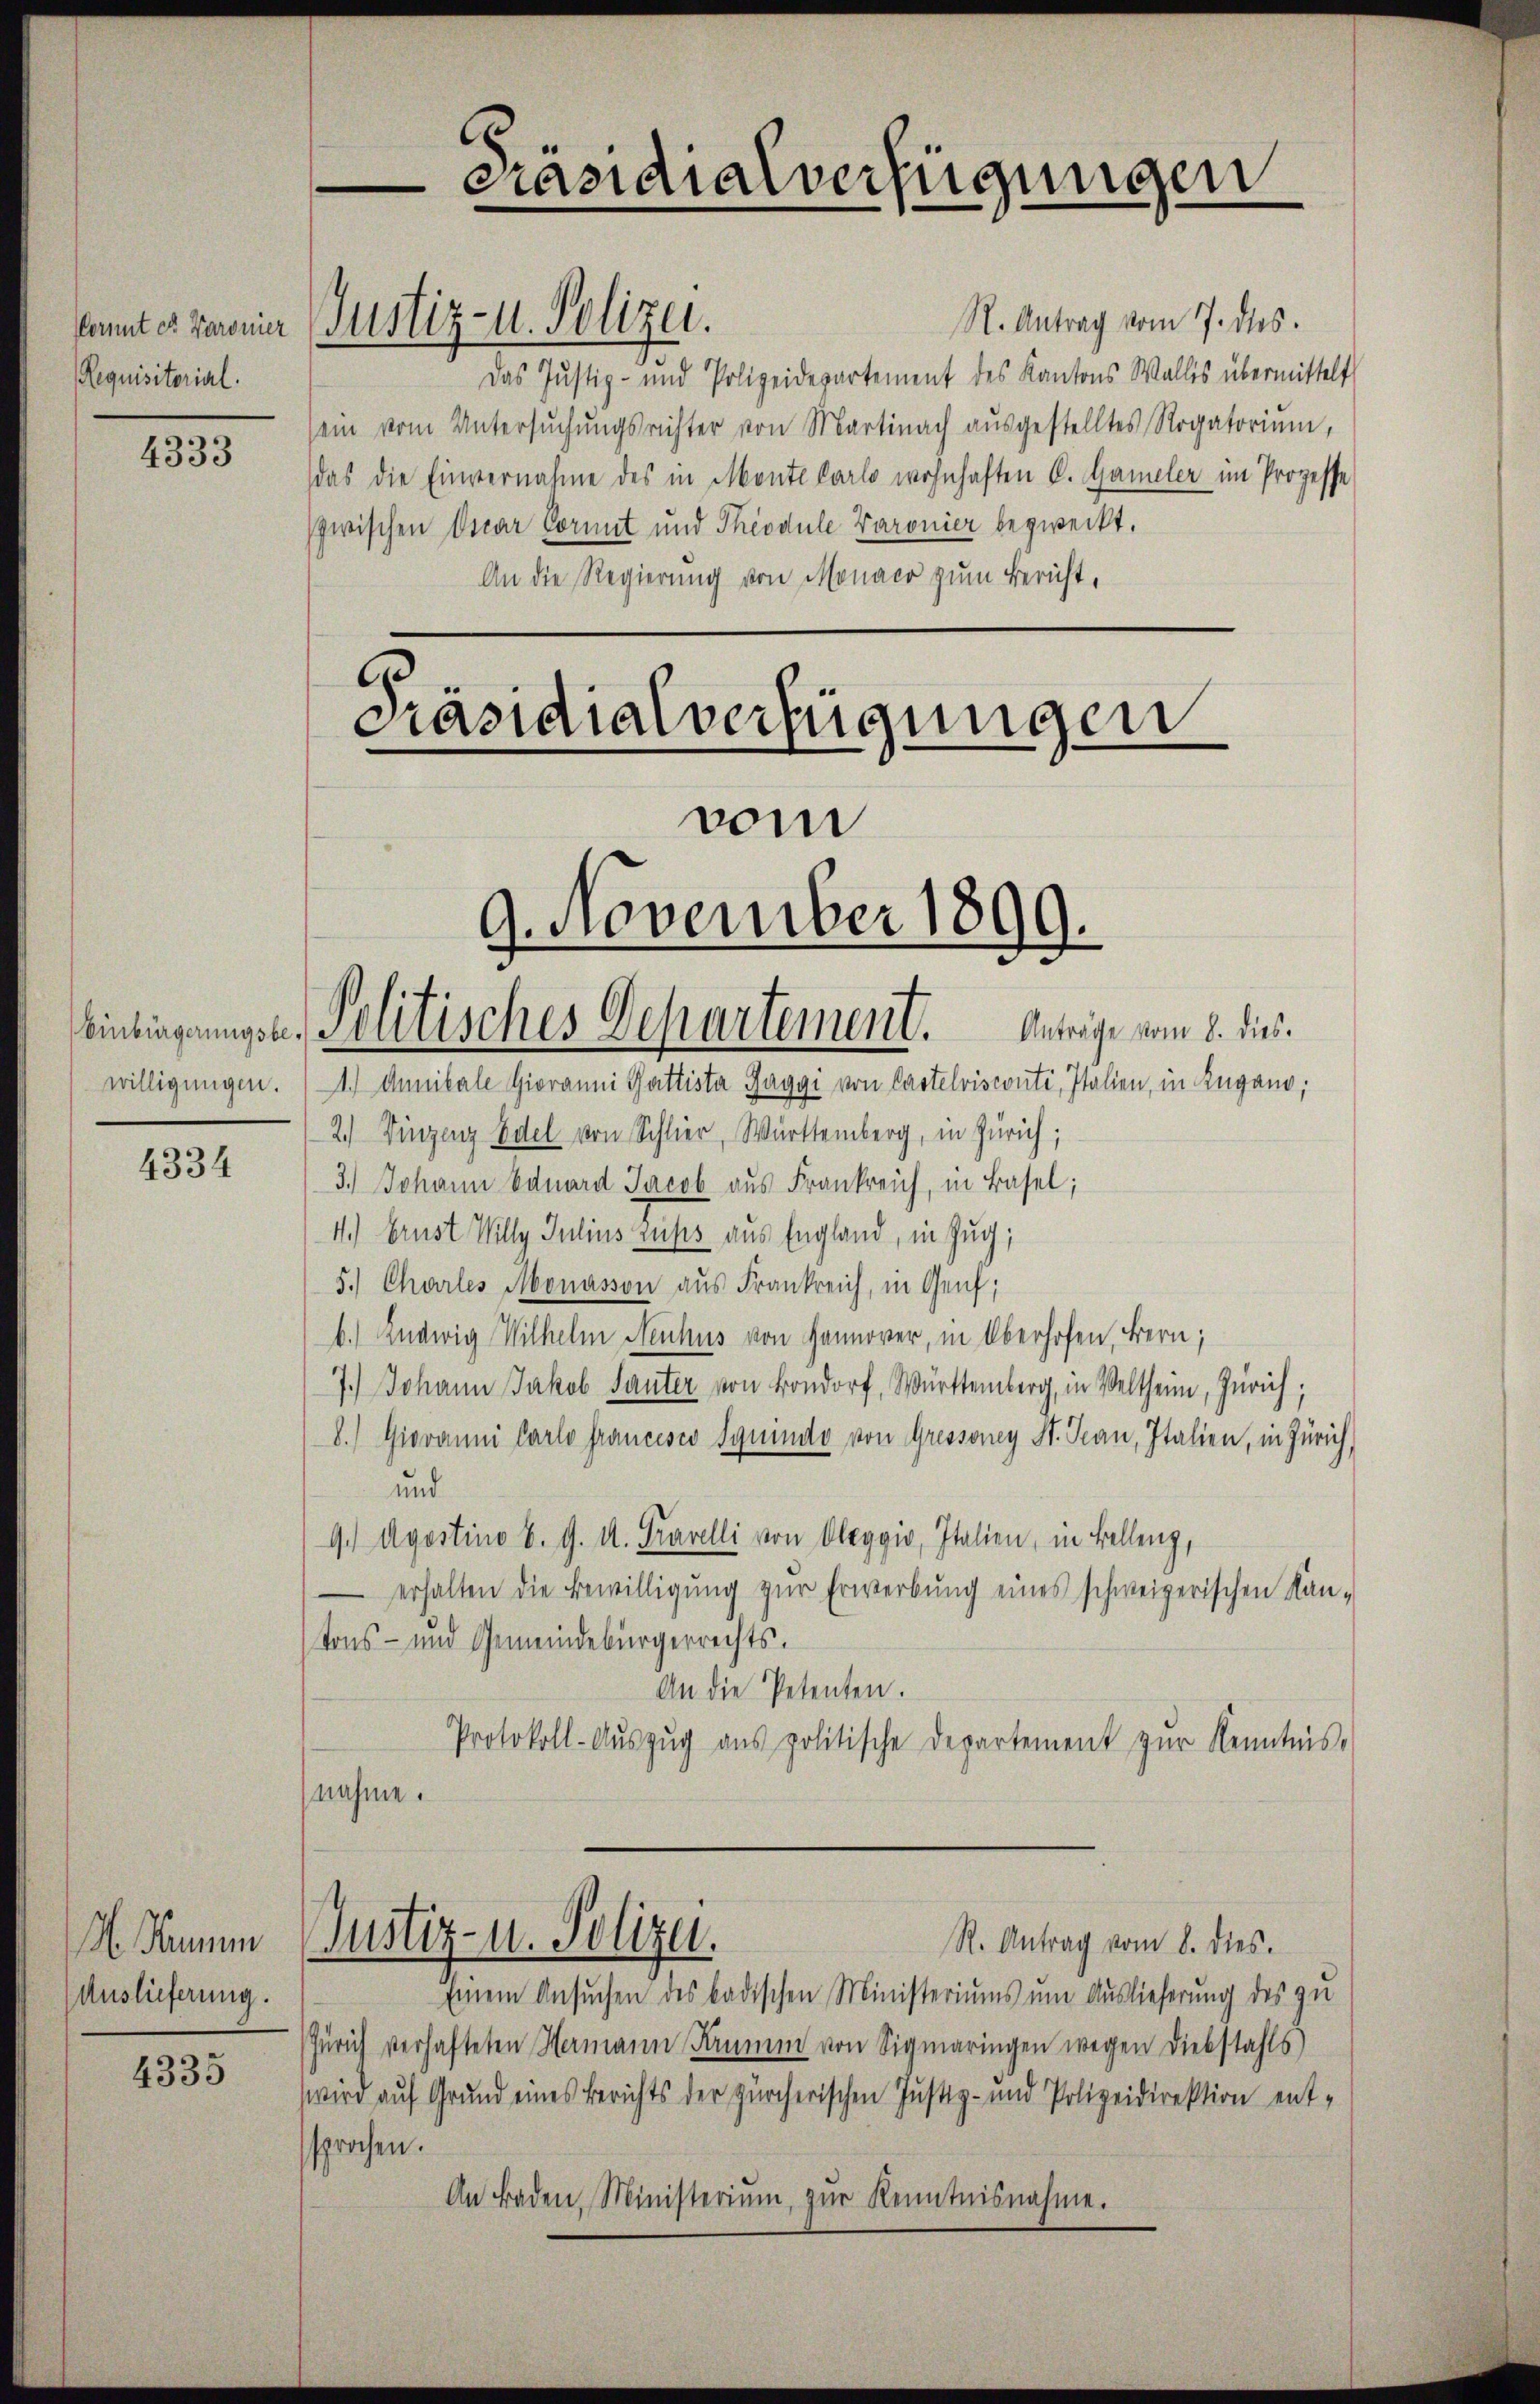
Cormit et. Baronier
Requisitorial.

4333

Einbürgerungsbewilligungen.

4334

Numm
Auslieferung.

4335

Justiz- u. Polizei.

R. Antrag vom 7. ds.
Das Justiz- und Polizeidepartement des Kantons Wallis übermittelt
sein vom Untersŭchŭngsrichter von Martinach aŭsgestelltes Rogatorium,
das die Einvernahme des in Monte Carlo wohnhaften C. Gameler im Prozesse
zwischen Oscar Vormit und Theodule Baronier bezweckt.
An die Regierung von Monaer zum Bericht,
Präsidialverfügungen
vom

9. November 1899.
Politisches Departement. Anträge vom 8. dies

Präsidialverfügungen

1.) Annibale Giovanni Gattiste Jaggi von Castelvisconti, Italien, in Zugano,
2.) Vinzenz Edel von Schlier, Württemberg, in Zürich;
3.) Johann Eduard Jacob aus Frankreich, in Basel;
4.) Ernst Willy Julius Zuses aus England, in Zug,
5.) Charles Monasson aus Frankreich, in Genf,
b. Ludwig Wilhelm Neuhus von Hannover, in Oberhofen, Bern;
7.) Johann Jakob Sauter von Londorf, Württemberg, in Veltheim, Zürich;
8.) Giovanni Carlo Francesco Squino von Gressoney St. Gan, Italien, in Zürich,
und
9. Apostino b. G. u. Travelli von Oleggio, Italien, in Bellenz,
erhalten die Bewilligŭng zŭr Erwerbŭng eines schweizerischen Kan-
tons- und Gemeindebürgerrechts.
An die Petenten.
Protokoll-Aŭszŭg ans politische Departement zŭr Kenntnis-
nahme.

Einem Ansŭchen des badischen Ministeriums um Auslieferung des zu
Zürich verhafteten Hermann Kammen von Sigmaringen wegen Diebstahls
wird auf Grund eines Berichts der zürcherischen Justiz- und Polizeidirektion ent-
sprochen.
An Baden, Ministeriŭm zŭr Kenntnisnahme.

Justiz- u. Polizei.
R. Antrag vom 8. dies.